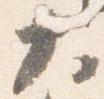
大